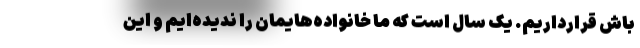
باش قرارداریم. یک سال است که ما خانواده‌هایمان را ندیده‌ایم و این